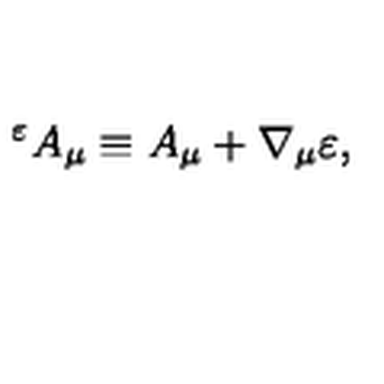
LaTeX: { } ^ { \varepsilon } A _ { \mu } \equiv A _ { \mu } + \nabla _ { \mu } \varepsilon ,